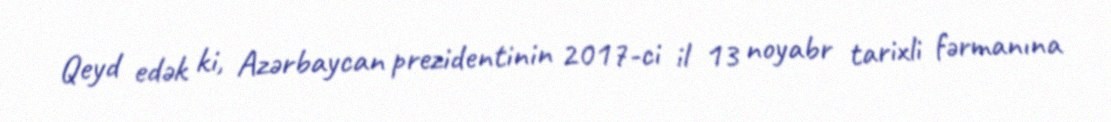
Qeyd edək ki, Azərbaycan prezidentinin 2017-ci il 13 noyabr tarixli fərmanına